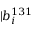
| b _ { i } ^ { 1 3 1 }